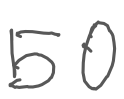
Text: 50
Cross-out: clean
Writing tool: digital_gray